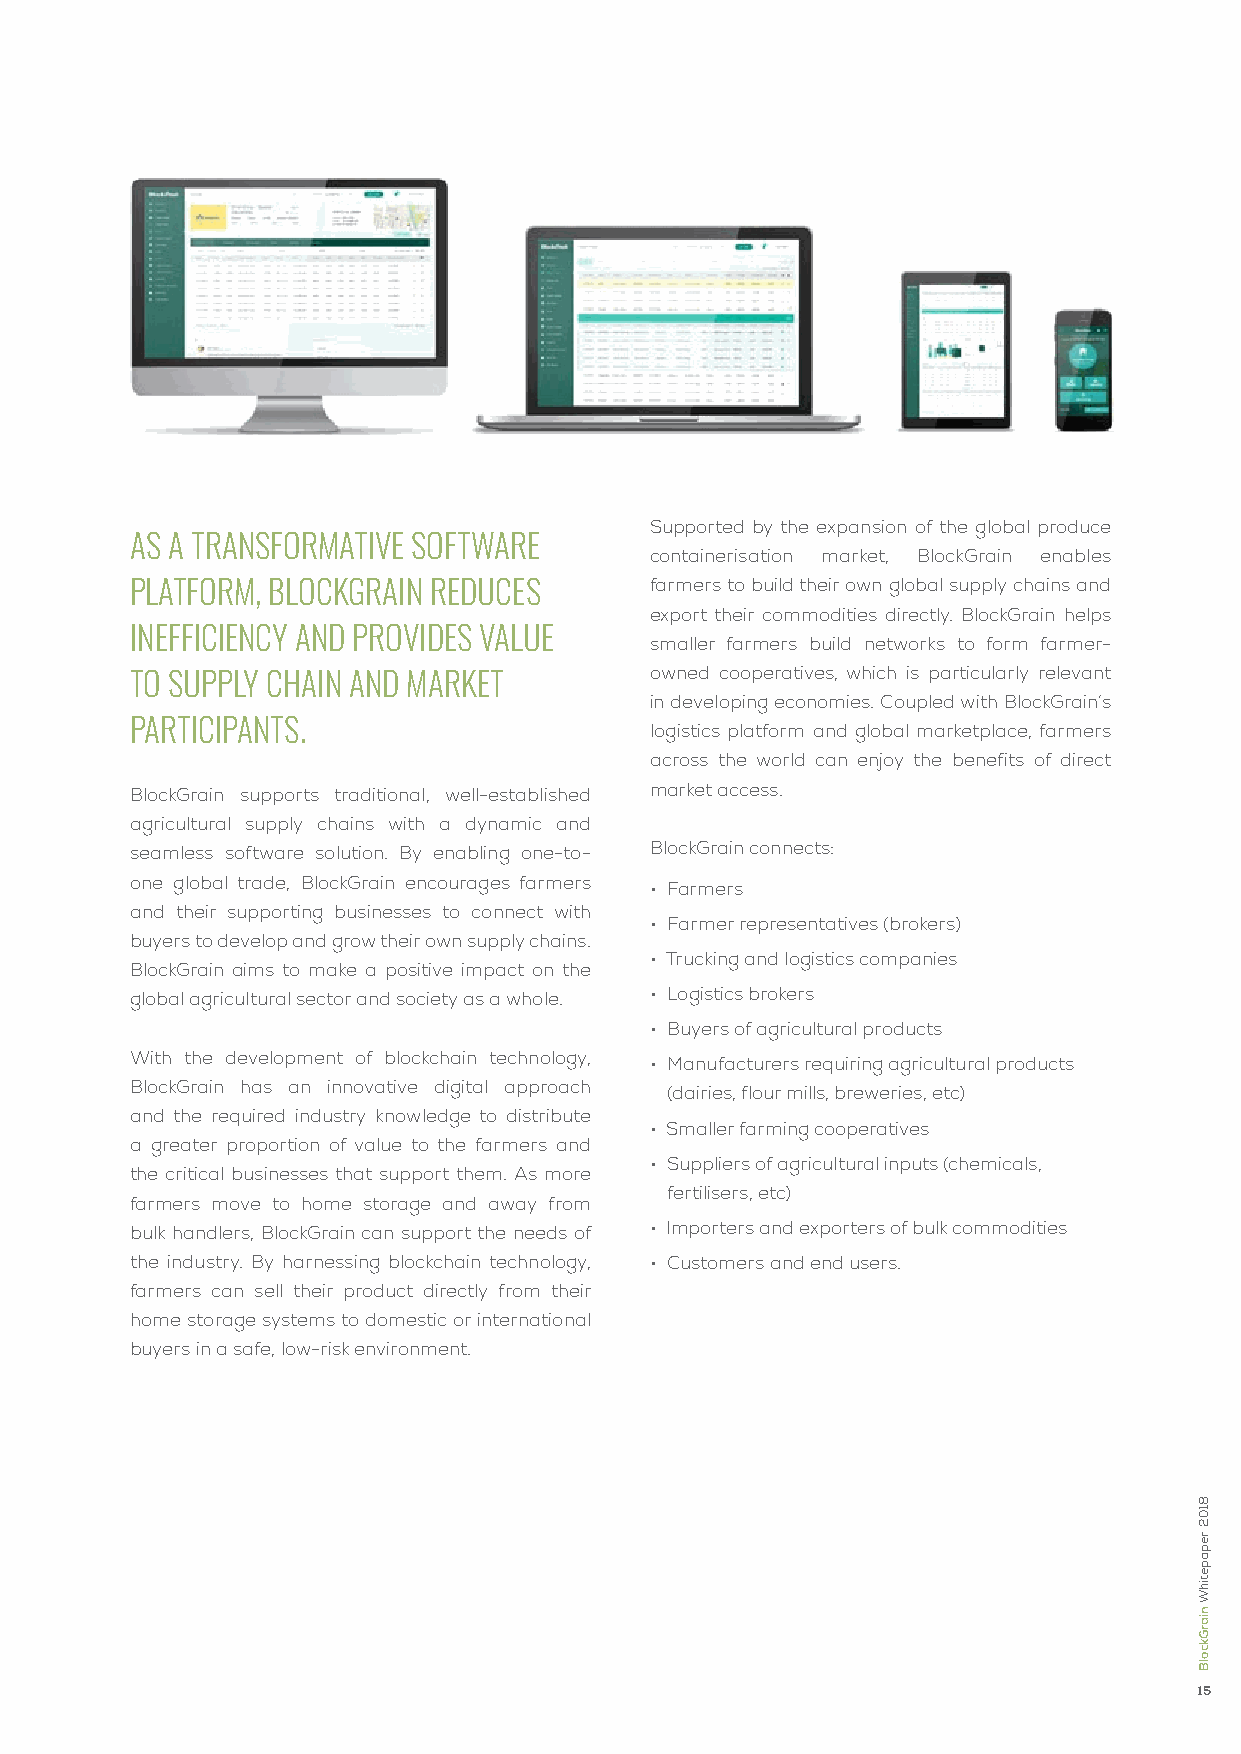
Supported by the expansion of the global produce
 as a transformatiVe software
 containerisation market, BlockGrain enables
 platform, BlockGrain reduces      farmers to build their own global supply chains and
 export their commodities directly. BlockGrain helps
 inefficiency and proVides Value
 smaller farmers build networks to form farmer-
 owned cooperatives, which is particularly relevant
 to supply chain and market
 in developing economies. Coupled with BlockGrain’s
 participants.                     logistics platform and global marketplace, farmers
 across the world can enjoy the benefits of direct
 BlockGrain supports traditional, well-established market access.
 agricultural supply chains with a dynamic and
 seamless software solution. By enabling one-to- BlockGrain connects:
 one global trade, BlockGrain encourages farmers • Farmers
 and their supporting businesses to connect with
 • Farmer representatives (brokers)
 buyers to develop and grow their own supply chains.
 • Trucking and logistics companies
 BlockGrain aims to make a positive impact on the
 global agricultural sector and society as a whole. • Logistics brokers
 • Buyers of agricultural products
 With the development of blockchain technology,
 • Manufacturers requiring agricultural products
 BlockGrain has an innovative digital approach
 (dairies, flour mills, breweries, etc)
 and the required industry knowledge to distribute
 • Smaller farming cooperatives
 a greater proportion of value to the farmers and
 • Suppliers of agricultural inputs (chemicals,
 the critical businesses that support them. As more
 fertilisers, etc)
 farmers move to home storage and away from
 bulk handlers, BlockGrain can support the needs of • Importers and exporters of bulk commodities
 the industry. By harnessing blockchain technology, • Customers and end users.
 farmers can sell their product directly from their
 home storage systems to domestic or international
 buyers in a safe, low-risk environment.
 15
 8102
 repapetihW
 niarGkcolB